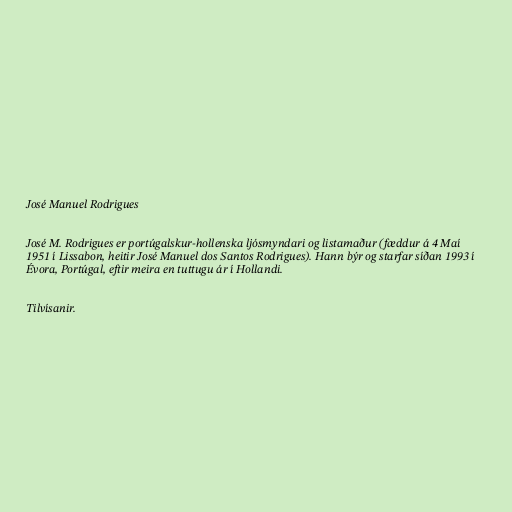
José Manuel Rodrigues

José M. Rodrigues er portúgalskur-hollenska ljósmyndari og listamaður (fæddur á 4 Maí
1951 í Lissabon, heitir José Manuel dos Santos Rodrigues). Hann býr og starfar síðan 1993 í
Évora, Portúgal, eftir meira en tuttugu ár í Hollandi.

Tilvísanir.